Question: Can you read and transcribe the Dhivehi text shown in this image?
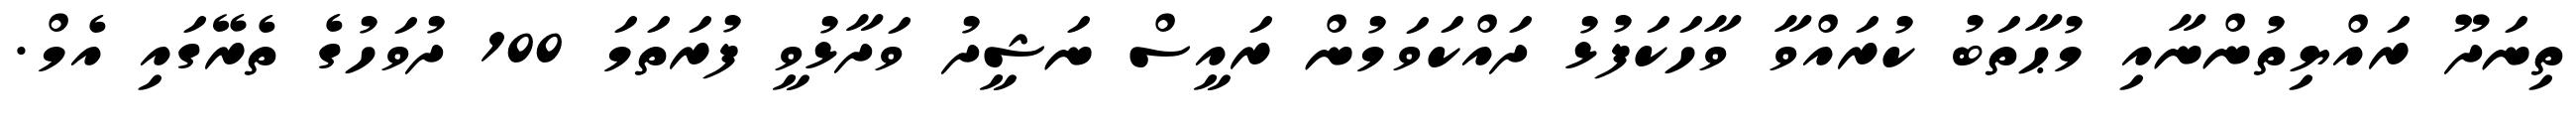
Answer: ތިނަދޫ ރައްޔިތުންނާއި މުޙާތަބު ކުރައްވާ ވާހަކަފުޅު ދައްކަވަމުން ރައީސް ނަޝީދު ވަދާޅުވީ ފުރަތަމަ 100 ދުވަހުގެ ތެރޭގައި އެމް.